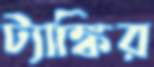
ট্যাঙ্কির